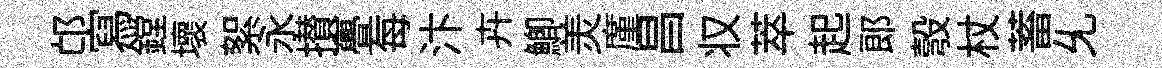
邙寫鏜壞絮永攅亹每汴卉鯽羙廑昌𠬧萃起郎彀杖蓄𠃔